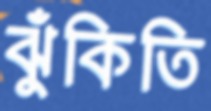
ঝুঁকিতি